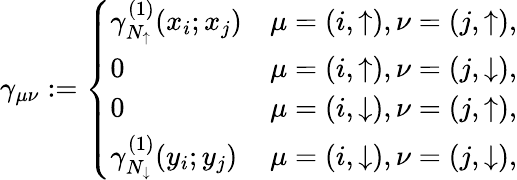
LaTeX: \gamma_{\mu\nu}:=\left\{ \begin{array}{ll}{\gamma_{N_{\uparrow}}^{(1)}(x_{i};x_{j})}&{\mu=(i,\uparrow),\nu=(j,\uparrow),}\\ {0}&{\mu=(i,\uparrow),\nu=(j,\downarrow),}\\ {0}&{\mu=(i,\downarrow),\nu=(j,\uparrow),}\\ {\gamma_{N_{\downarrow}}^{(1)}(y_{i};y_{j})}&{\mu=(i,\downarrow),\nu=(j,\downarrow),}\end{array}\right.